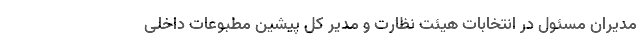
مدیران مسئول در انتخابات هیئت نظارت و مدیر کل پیشین مطبوعات داخلی